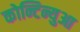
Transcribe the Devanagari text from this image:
कोन्टिन्युआ